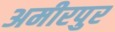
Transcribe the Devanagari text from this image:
अमीरपुर